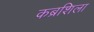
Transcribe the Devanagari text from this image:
कब्रशिला